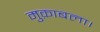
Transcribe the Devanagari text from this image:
मुक़ाबला।